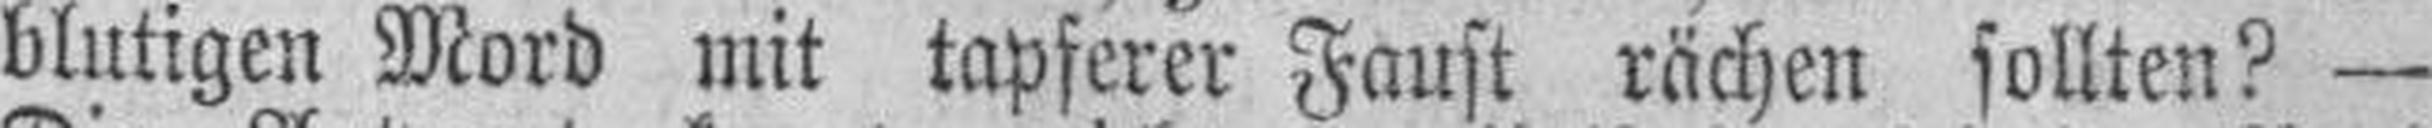
blutigen Mord mit tapferer Faust rächen sollten? —